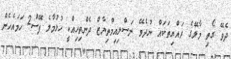
ދެވޭ ގޯތި މާލޭގެ ރައްޔިތަކައް ނުދެވޭ ނަސްލިއިމްތިޔާޒް ދެންތިހިއްކީ ހުޅުމާލެ ފޭސް2 ހަމައެހެން